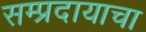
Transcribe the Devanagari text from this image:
सम्प्रदायाचा